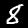
Label: 8